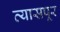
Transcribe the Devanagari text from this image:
व्यासपूर